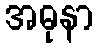
အဓုနာ